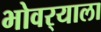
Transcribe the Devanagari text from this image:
भोवर्‍याला